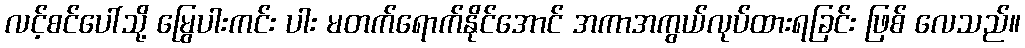
လင့်စင်ပေါ်သို့ မြွေပါးကင်း ပါး မတက်ရောက်နိုင်အောင် အကာအကွယ်လုပ်ထားရခြင်း ဖြစ် လေသည်။